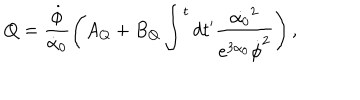
LaTeX: Q = \frac { \dot { \phi } } { \dot { \alpha } _ { 0 } } \left( A _ { Q } + B _ { Q } \int ^ { t } d t ^ { \prime } \frac { \dot { \alpha _ { 0 } } ^ { 2 } } { e ^ { 3 \alpha _ { 0 } } \dot { \phi } ^ { 2 } } \right) ,